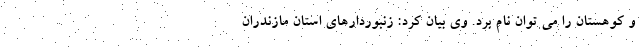
و کوهستان را می توان نام برد. وی بیان کرد: زنبوردارهای استان مازندران